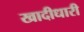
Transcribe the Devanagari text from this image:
खादीधारी